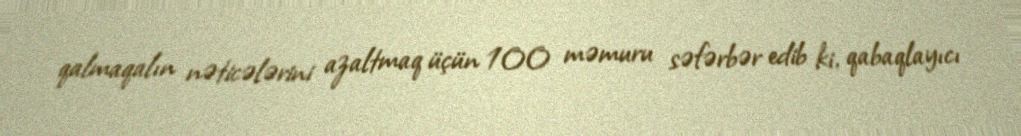
qalmaqalın nəticələrini azaltmaq üçün 100 məmuru səfərbər edib ki, qabaqlayıcı